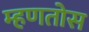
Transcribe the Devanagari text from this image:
म्हणतोस